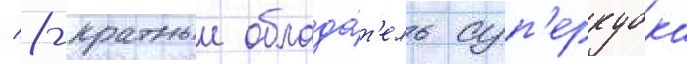
/ 8-кратныи облада́т'ель суп'еркубка